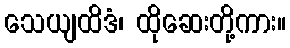
သေယျထိဒံ၊ ထိုဆေးတို့ကား။